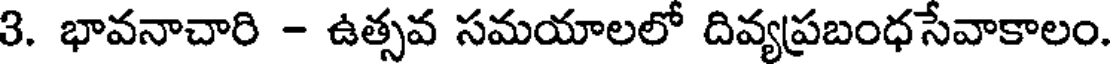
3. భావనాచారి - ఉత్సవ సమయాలలో దివ్యప్రబంధసేవాకాలం.